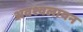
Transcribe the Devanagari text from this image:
अवश्वलायन